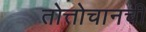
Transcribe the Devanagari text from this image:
तोत्तोचानची